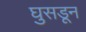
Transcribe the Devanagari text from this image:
घुसडून